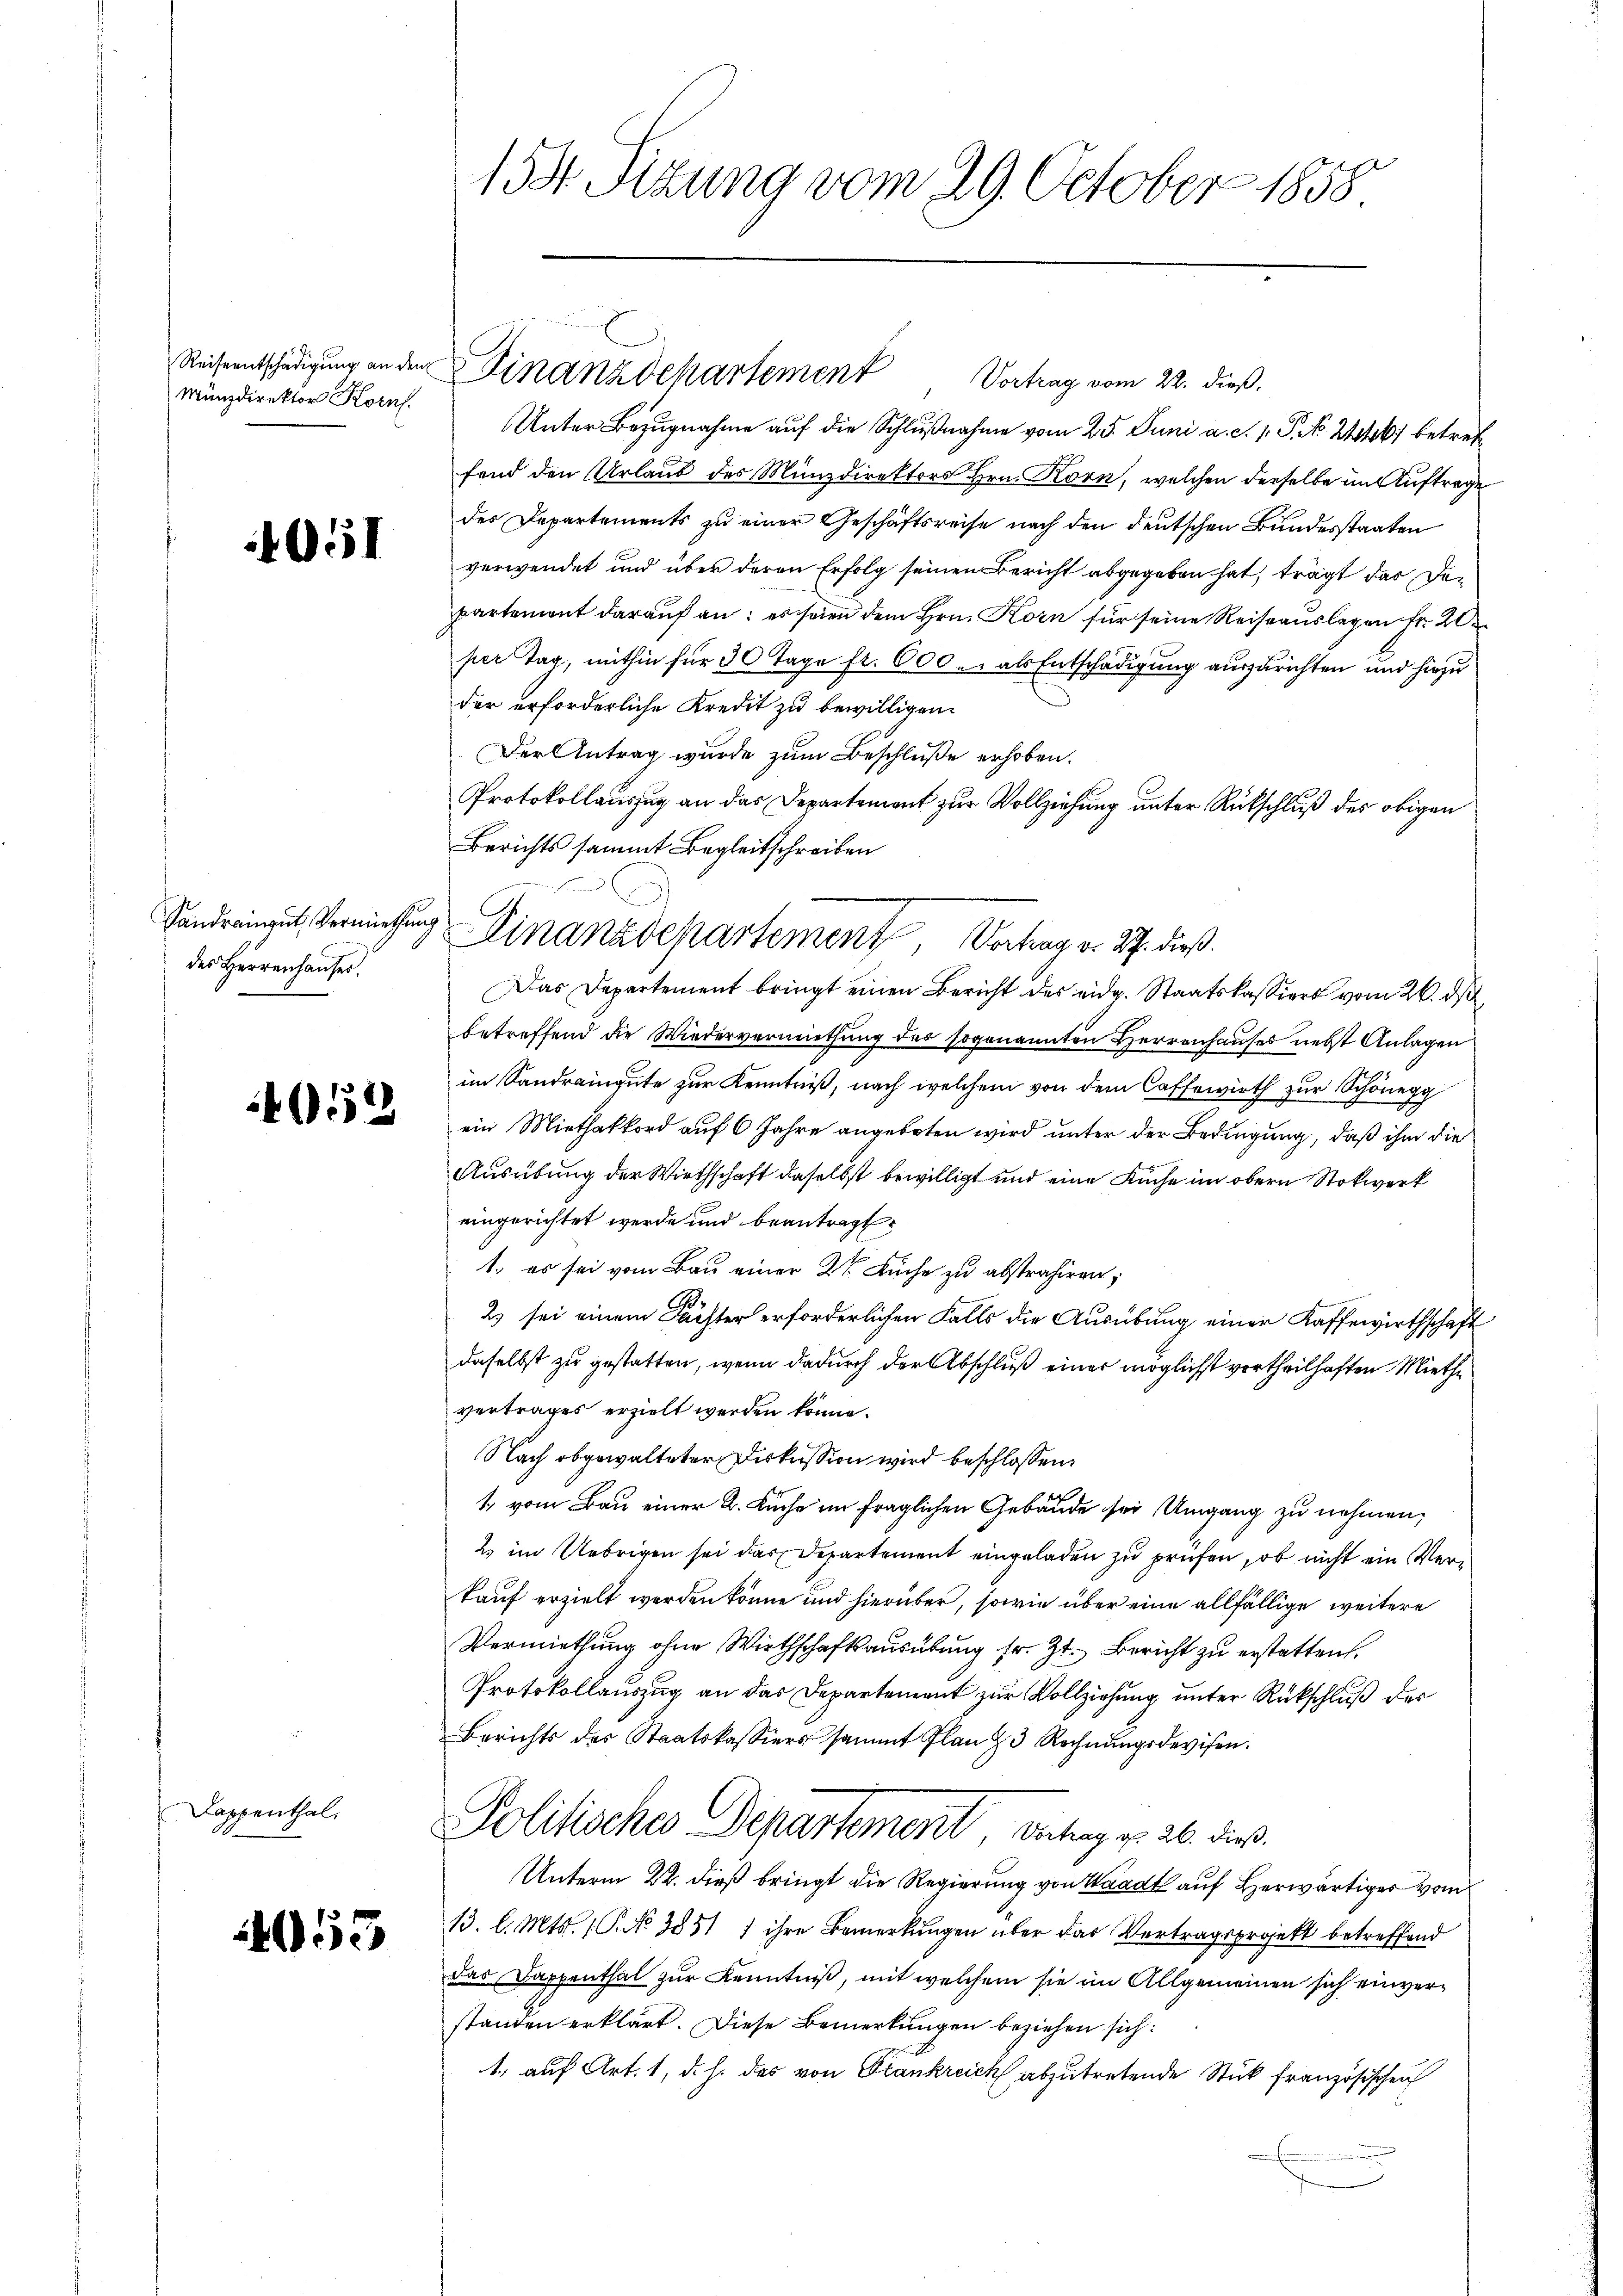
Münzdirektor Korn

4051

Sandrengut, Vermiethung
des Herrenhauses.

4052

Dappenthal.

453

158. Sitzung vom 29. October 1858

Unter Bezugnahme auf die Schlußnahme vom 25. Juni a. c. 1. P. No. 2446 betref
fend den Urlaub des Münzdirektors Hrn. Korn, welchen derselbe im Auftrage
des Departements zu einer Geschäftsreise nach den deutschen Bundesstaaten
verwendet und über deren Erfolg seinen Bericht abgegeben hat, trägt dar Departement darauf an: es seien dem Hrn. Korn für seine Reiseauslagen Fr. 20
per Tag, mithin für 30 Tage fr. 600. als Entschädigung auszurichten und hiezu
der erforderliche Kredit zu bewilligen.
Der Antrag wurde zum Beschluße erhoben.
Protokollauszug an das Departement zur Vollziehung unter Rückschluß des obigen
Berichts sammt Begleitschreiben
Das Departement bringt einen Bericht des eidg. Staatskassiers vom 26. ds
betreffend die Wiedervermiethung des sogenannten Herrenhauses nebst Anlagen
im Sandraingute zur Kenntniß, nach welchem von dem Cassewirth zur Schönegg
ein Miethakkord auf 6 Jahre angeboten wird unter der Bedingung, daß ihm die
Ausübung der Wirthschaft daselbst bewilligt und eine Kuche im obern Stockwerk
eingerichtet werde und beantragt.
1. es sei vom Bau einer 2te Büche zu abstrahiren;
2) sei einem Pächter erforderlichen Falls die Ausübung einer Kaffewirthschaft
daselbst zu gestatten, wenn dadurch der Abschluß einer möglichst vortheilhaften Miethe
vertrages erzielt werden könne.
Nach abgewalteter Diskussion wird beschlossen:
1 vom Bau einer K. Kuche im fraglichen Gebäude sei Umgang zu nehmen;
2 im Uebrigen sei das Departement eingeladen zu prüfen, ob nicht ein Verkauf erzielt werden könne und hierüber, sowie über eine allfällige weitere
Vermiethung ohne Wirthschaftsausübung sr. Zt. Bericht zu erstatten.
Protokollauszug an das Departement zur Vollziehung unter Rückschluß der
Berichts des Staatskassiers sammt Plan 23 Rechnungsdevisen.
Politisches Departement, Betrag v. 26. dies
Unterm 22. dieß bringt die Regierung von Waadt auf Herwärtiger von
13. l. Mts. 1. P. No 3851 ) ihre Bemerkungen über das Vertragsprojekt betreffend
das Dappenthal zur Kenntniß, mit welchem sie im Allgemeinen sich einverstanden erklärt. Diese Bemerkungen beziehen sich:
1., auf Art. 1, d. h. das von Frankreich abzutretende Stück französischen

Reiseentschädigung an der Finanzdepartemen Vortrag vom 22. dieß.

e
Finanzdepartement, Vortrag v. 27. dieß.